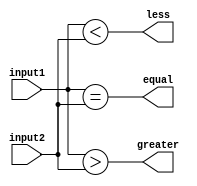
module comparator(
    input [63:0] input1,
    input [63:0] input2,
    output equal,
    output greater,
    output less
);

// Logic for bitwise comparisons
assign equal = (input1 == input2);
assign greater = (input1 > input2);
assign less = (input1 < input2);

endmodule